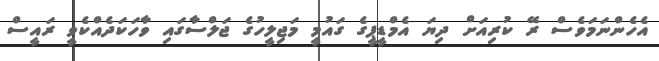
އެހެންނަމަވެސް ރޭ ކުރިއަށް ދިޔަ އެމްޑީޕީގެ ގައުމީ މަޖިލީހުގެ ޖަލްސާގައި ވާހަކަދެއްކެވީ ރައީސް